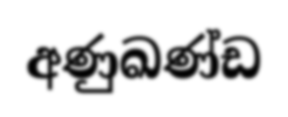
අණුඛණ්ඩ